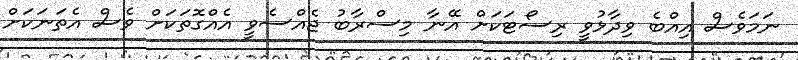
ނަމަވެސް އިއްބެ ވިދާޅުވީ ރިސޯޓަކަށް އޭނާ މިސްރާބު ޖެއްސެވީ އެއްގޮތަކަށް ވެސް އެތަނަކަށް